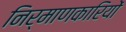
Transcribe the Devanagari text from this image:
निर्माणकारियों